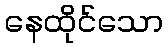
နေထိုင်သော